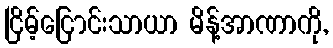
ငြိမ့်ငြောင်းသာယာ မိန့်အာဏာကို,